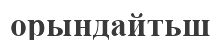
орындайтьш